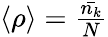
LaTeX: \begin{array}{r}{\left\langle\rho\right\rangle=\frac{\bar{n_{k}}}{N}}\end{array}